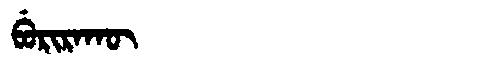
Manchu: ᠪᡠᡵᡳᡵᠠᡴᡡ
Romanization: BURIRAKŪ